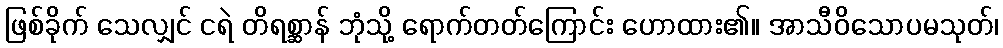
ဖြစ်ခိုက် သေလျှင် ငရဲ တိရစ္ဆာန် ဘုံသို့ ရောက်တတ်ကြောင်း ဟောထား၏။ အာသီဝိသောပမသုတ်၊